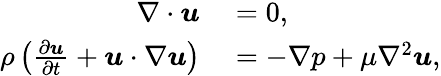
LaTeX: \begin{array}{rl}{\nabla\cdot\boldsymbol{u}}&{{}=0,}\\ {\rho\left(\frac{\partial\boldsymbol{u}}{\partial t}+\boldsymbol{u}\cdot\nabla\boldsymbol{u}\right)}&{{}=-\nabla p+\mu\nabla^{2}\boldsymbol{u},}\end{array}